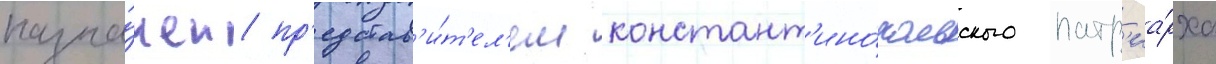
назна́чен пр'едстав'и́т'ел'ем констант'ино́польского патр'иа́рха